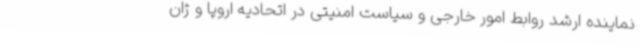
نماینده ارشد روابط امور خارجی و سیاست امنیتی در اتحادیه اروپا و ژان